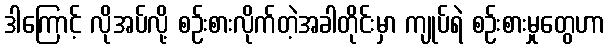
ဒါကြောင့် လိုအပ်လို့ စဉ်းစားလိုက်တဲ့အခါတိုင်းမှာ ကျုပ်ရဲ စဉ်းစားမှုတွေဟာ